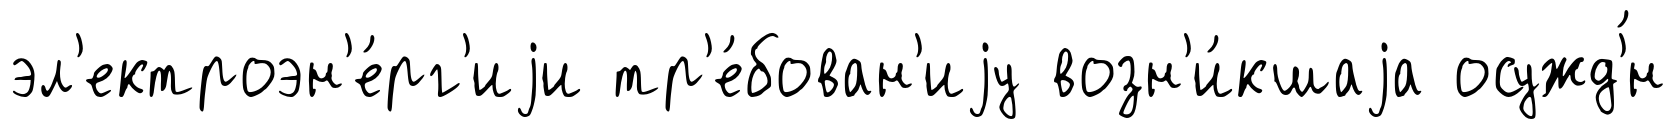
эл'ектроэн'е́рг'иjи тр'е́бован'иjу возн'и́кшаjа осужд'́н